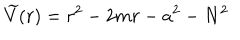
\widetilde { V } ( r ) = r ^ { 2 } - 2 m r - a ^ { 2 } - N ^ { 2 }